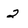
Character: 2